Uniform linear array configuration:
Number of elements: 4
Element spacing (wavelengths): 0.25
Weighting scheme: binomial
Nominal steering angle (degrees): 0
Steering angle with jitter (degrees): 1.676
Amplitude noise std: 0.05
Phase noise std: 0.05

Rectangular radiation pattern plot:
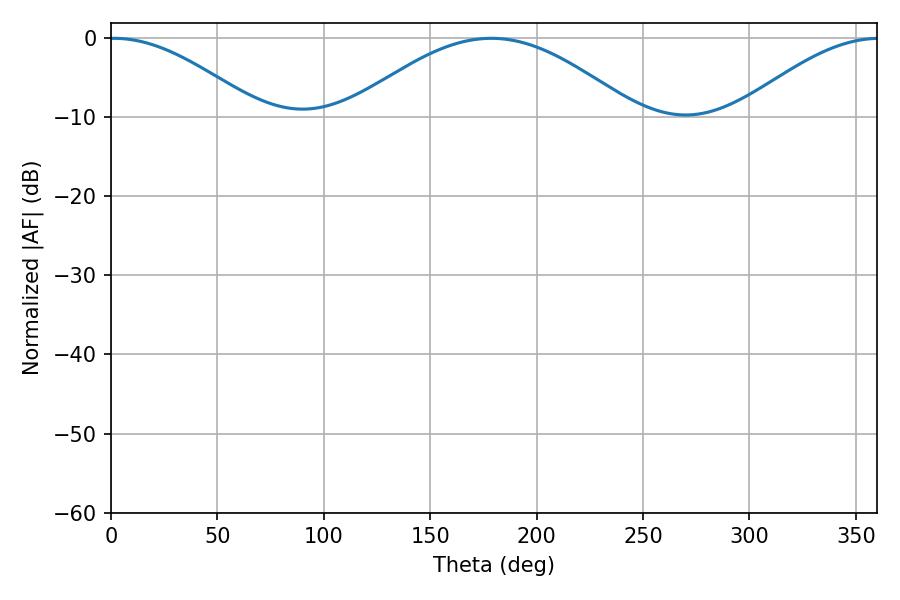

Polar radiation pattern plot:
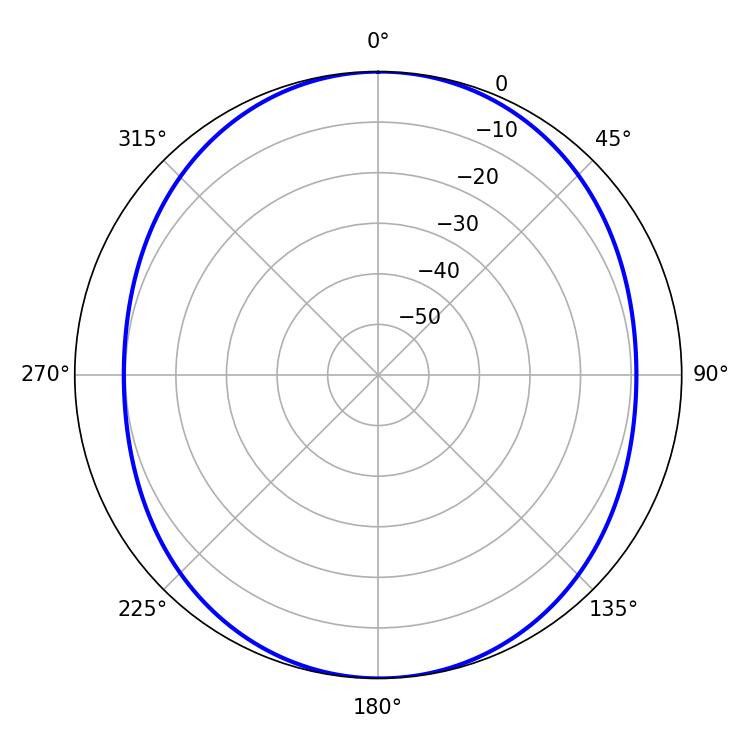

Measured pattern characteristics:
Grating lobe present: FALSE
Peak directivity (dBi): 14.712
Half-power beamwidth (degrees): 37.8
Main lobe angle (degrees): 1.26